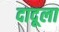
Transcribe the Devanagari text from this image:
दादूला